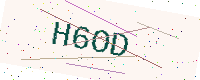
Text: H6OD